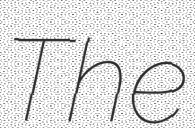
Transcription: The